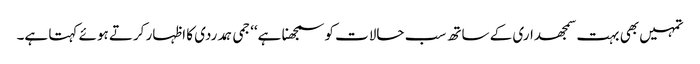
تمہیں بھی بہت سمجھداری کے ساتھ سب حالات کو سمجھنا ہے‘‘ جمی ہمدردی کا اظہار کرتے ہوئے کہتا ہے۔